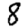
Digit: 8